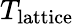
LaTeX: T_{\mathrm{lattice}}